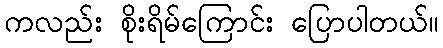
ကလည်း စိုးရိမ်ကြောင်း ပြောပါတယ်။